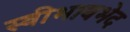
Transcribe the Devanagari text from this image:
स्वीभावभेद